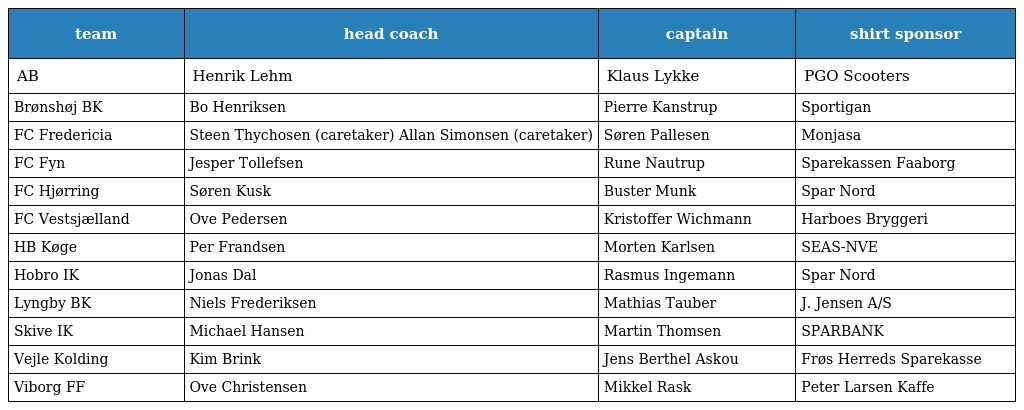
| team | head coach | captain | shirt sponsor |
 | --- | --- | --- | --- |
 | AB | Henrik Lehm | Klaus Lykke | PGO Scooters |
 | Brønshøj BK | Bo Henriksen | Pierre Kanstrup | Sportigan |
 | FC Fredericia | Steen Thychosen (caretaker) Allan Simonsen (caretaker) | Søren Pallesen | Monjasa |
 | FC Fyn | Jesper Tollefsen | Rune Nautrup | Sparekassen Faaborg |
 | FC Hjørring | Søren Kusk | Buster Munk | Spar Nord |
 | FC Vestsjælland | Ove Pedersen | Kristoffer Wichmann | Harboes Bryggeri |
 | HB Køge | Per Frandsen | Morten Karlsen | SEAS-NVE |
 | Hobro IK | Jonas Dal | Rasmus Ingemann | Spar Nord |
 | Lyngby BK | Niels Frederiksen | Mathias Tauber | J. Jensen A/S |
 | Skive IK | Michael Hansen | Martin Thomsen | SPARBANK |
 | Vejle Kolding | Kim Brink | Jens Berthel Askou | Frøs Herreds Sparekasse |
 | Viborg FF | Ove Christensen | Mikkel Rask | Peter Larsen Kaffe |